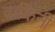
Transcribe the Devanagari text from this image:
वाकिनी